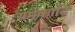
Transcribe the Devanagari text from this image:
यमकादि